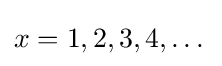
x=1,2,3,4,\dots